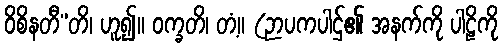
ဝိစိနတီ”တိ၊ ဟူ၍။ ဝက္ခတိ၊ တံ့။ (ဉာပကပါဌ်၏ အနက်ကို ပါဠိကို